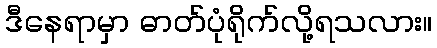
ဒီနေရာမှာ ဓာတ်ပုံရိုက်လို့ရသလား။